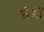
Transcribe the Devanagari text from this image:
खैमों